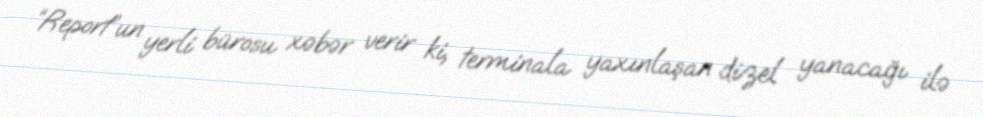
“Report”un yerli bürosu xəbər verir ki, terminala yaxınlaşan dizel yanacağı ilə